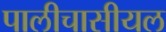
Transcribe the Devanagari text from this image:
पालीचासीयल